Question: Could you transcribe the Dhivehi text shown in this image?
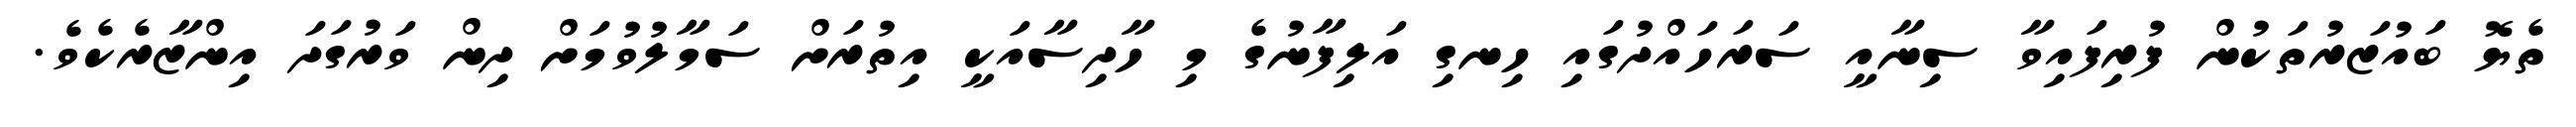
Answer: ތެޔޮ ބައުޒަރުތަކުން ފުރިފައިވާ ސިނާއީ ސަރަހައްދުގައި ހިނގި އަލިފާނުގެ މި ހާދިސާއަކީ އިތުރަށް ސަމާލުވުމަށް ދިން ވަރުގަދަ އިންޒާރެކެވެ.